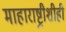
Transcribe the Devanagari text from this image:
माहाराष्ट्रीशीही